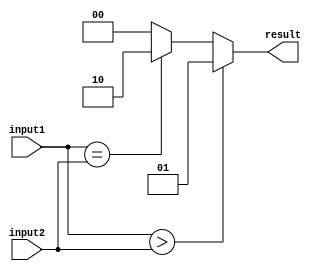
module comparator (
  input [7:0] input1,
  input [7:0] input2,
  output [1:0] result
);

// Greater than
assign result = (input1 > input2) ? 2'b01 :
               // Equal to
               (input1 == input2) ? 2'b10 : 
               // Less than
               2'b00;

endmodule